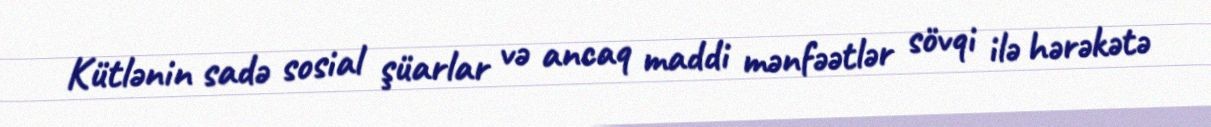
Kütlənin sadə sosial şüarlar və ancaq maddi mənfəətlər sövqi ilə hərəkətə